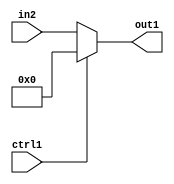
`timescale 1ps / 1ps
/*****************************************************************************
    Verilog RTL Description
    
    
    Created by: CellMath Designer 2019.1.01 
*******************************************************************************/

module fp_cmp_Muxi0u8u1_4 (
	in2,
	ctrl1,
	out1
	); /* architecture "behavioural" */ 
input [7:0] in2;
input  ctrl1;
output [7:0] out1;
wire [7:0] asc001;

reg [7:0] asc001_tmp_0;
assign asc001 = asc001_tmp_0;
always @ (ctrl1 or in2) begin
	case (ctrl1)
		1'B1 : asc001_tmp_0 = 8'B00000000 ;
		default : asc001_tmp_0 = in2 ;
	endcase
end

assign out1 = asc001;
endmodule

/* CADENCE  uLT2TAE= : u9/ySgnWtBlWxVPRXgAZ4Og= ** DO NOT EDIT THIS LINE ******/